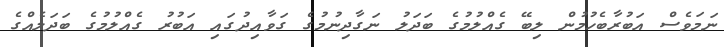
ނަމަވެސް އަބުރާބެހުމުން ލިބޭ ގެއްލުމުގެ ބަދަލު ނަގާދިނުމުގެ ގަވާއިދުގައި އަބުރު ގެއްލުމުގެ ބަދަލެއްގެ